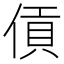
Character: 𪝖